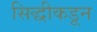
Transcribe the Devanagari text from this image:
सिद्धीकडून